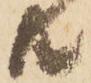
共